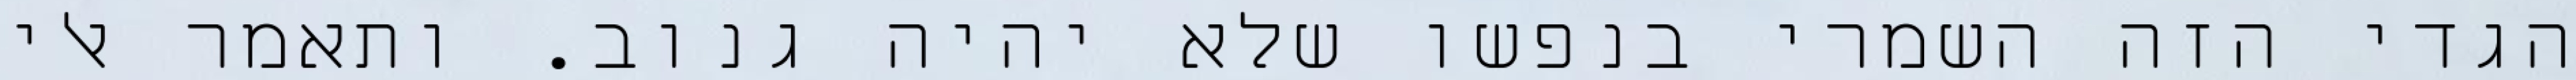
הגדי הזה השמרי בנפשו שלא יהיה גנוב. ותאמר אלי